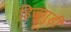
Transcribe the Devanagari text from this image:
हिजुगुड़ी